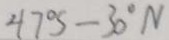
4 7 ^ { \circ } S - 3 0 ^ { \circ } N